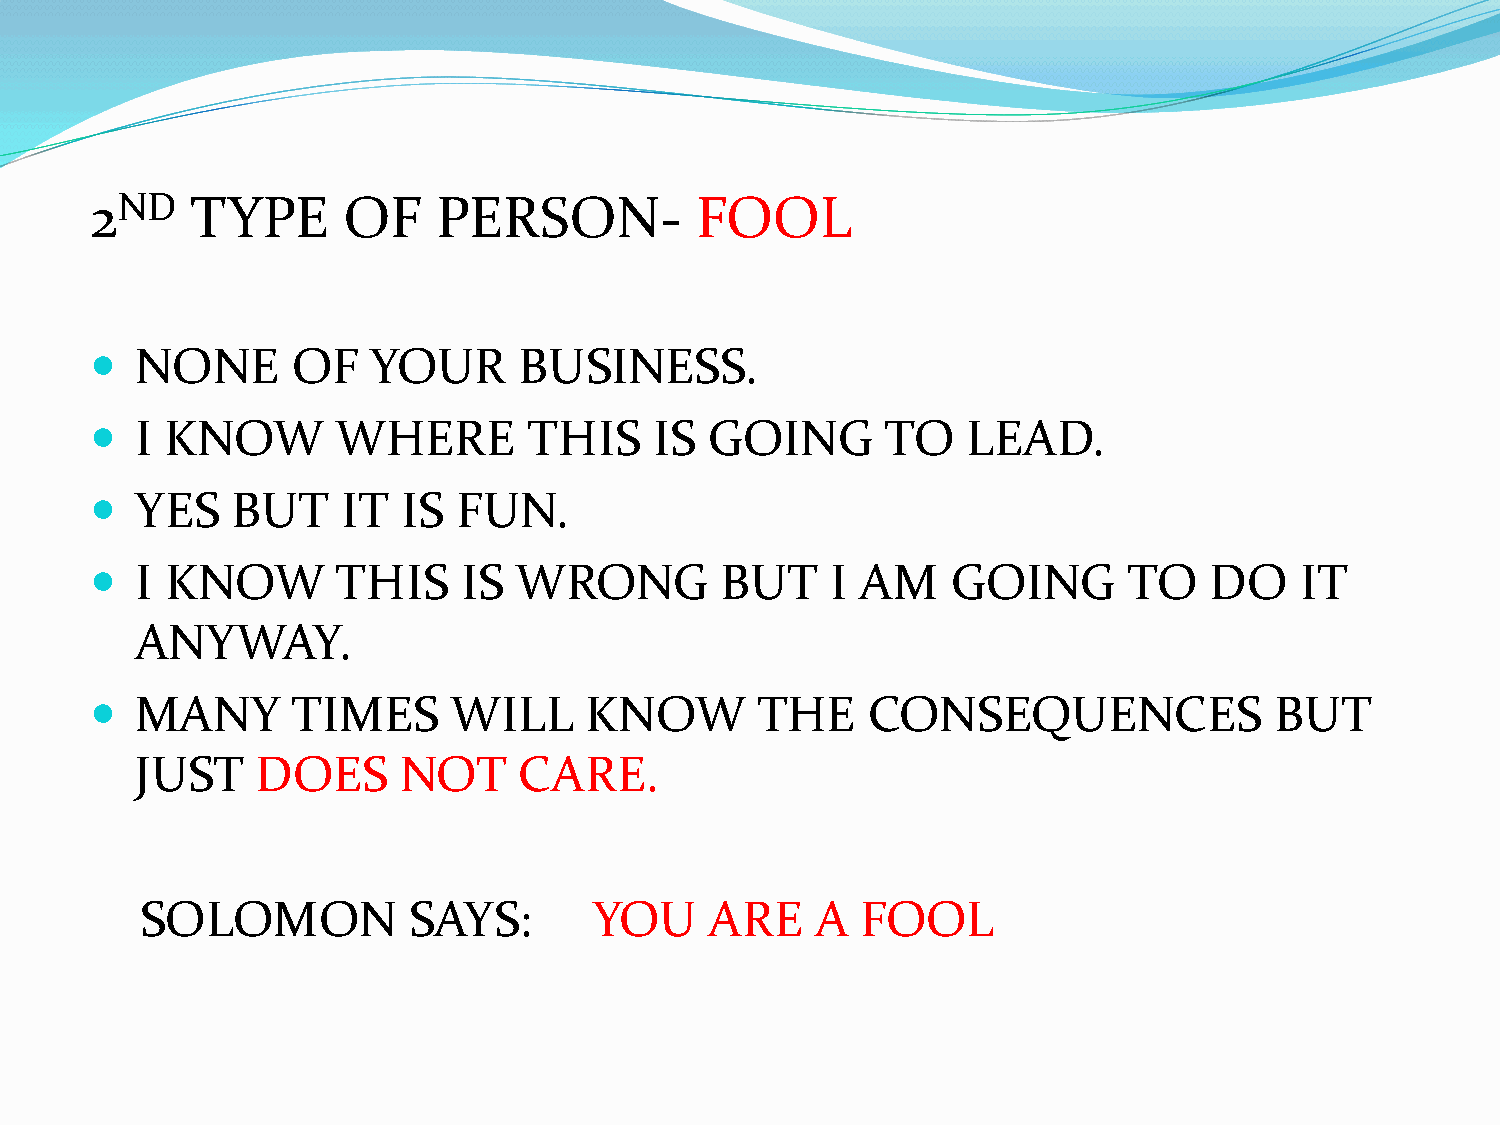
2ND    TYPE      OF    PERSON-          FOOL
   NONE      OF   YOUR      BUSINESS.
   I KNOW       WHERE        THIS    IS  GOING       TO   LEAD.
   YES   BUT     IT  IS FUN.
   I KNOW       THIS     IS WRONG         BUT    I AM    GOING       TO   DO    IT
 ANYWAY.
   MANY      TIMES      WILL     KNOW       THE     CONSEQUENCES              BUT
 JUST    DOES     NOT     CARE.
 SOLOMON           SAYS:       YOU     ARE    A  FOOL